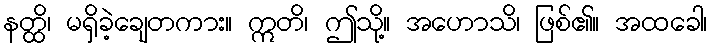
နတ္ထိ၊ မရှိခဲ့ချေတကား။ ဣတိ၊ ဤသို့။ အဟောသိ၊ ဖြစ်၏။ အထခေါ၊